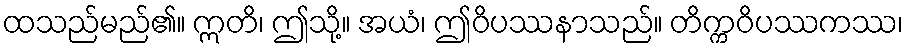
ထသည်မည်၏။ ဣတိ၊ ဤသို့။ အယံ၊ ဤဝိပဿနာသည်။ တိက္ကဝိပဿကဿ၊